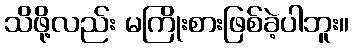
သိဖို့လည်း မကြိုးစားဖြစ်ခဲ့ပါဘူး။